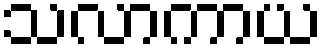
သလာကာယ